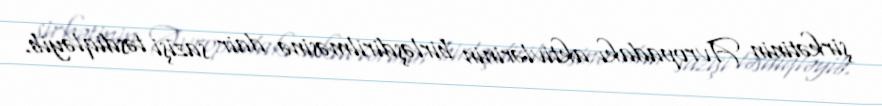
şirkətinin Avropadakı aktivlərinin birləşdirilməsinə dair sazişi təsdiqləyib.